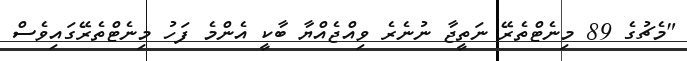
"މެޗުގެ 89 މިނެޓްތެރޭ ނަތީޖާ ނުނެރެ ވިއްޖެއްޔާ ބާކީ އެންމެ ފަހު މިނެޓްތެރޭގައިވެސް